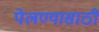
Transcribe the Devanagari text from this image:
पेलण्‍यासाठी